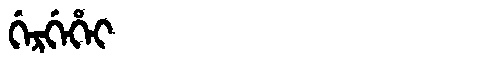
Manchu: ᡤᡝᡵᡤᡝᡥᡝᡳ
Romanization: GERGEHEI